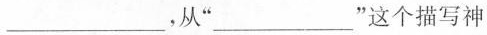
___，从“___”这个描写神